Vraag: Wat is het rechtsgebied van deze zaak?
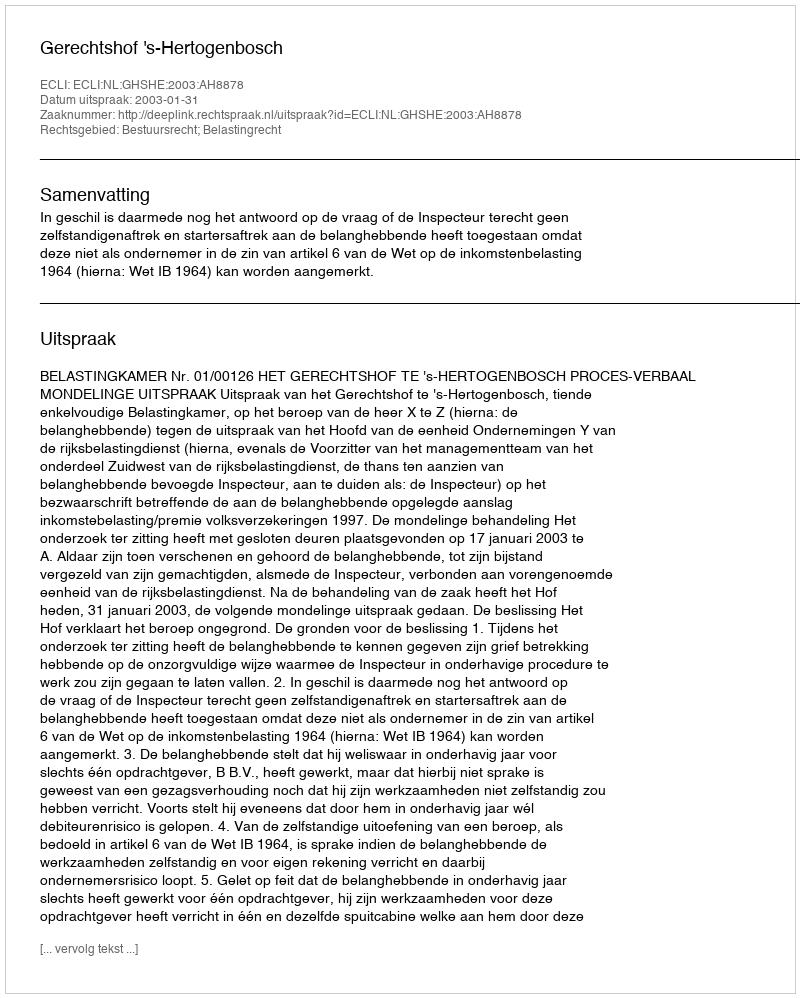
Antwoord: Bestuursrecht; Belastingrecht